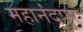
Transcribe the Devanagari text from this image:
महानंदपुर